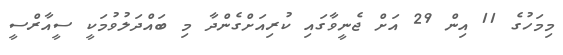
މިމަހުގެ 11 އިން 29 އަށް ޖެނީވާގައި ކުރިއަށްގެންދާ މި ބައްދަލުވުމަކީ ސީއާރްސީ